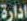
ادارة